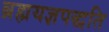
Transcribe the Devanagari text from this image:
ब्रह्मयज्ञपद्धति